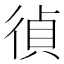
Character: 𢔤